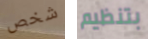
شخص بتنظيم